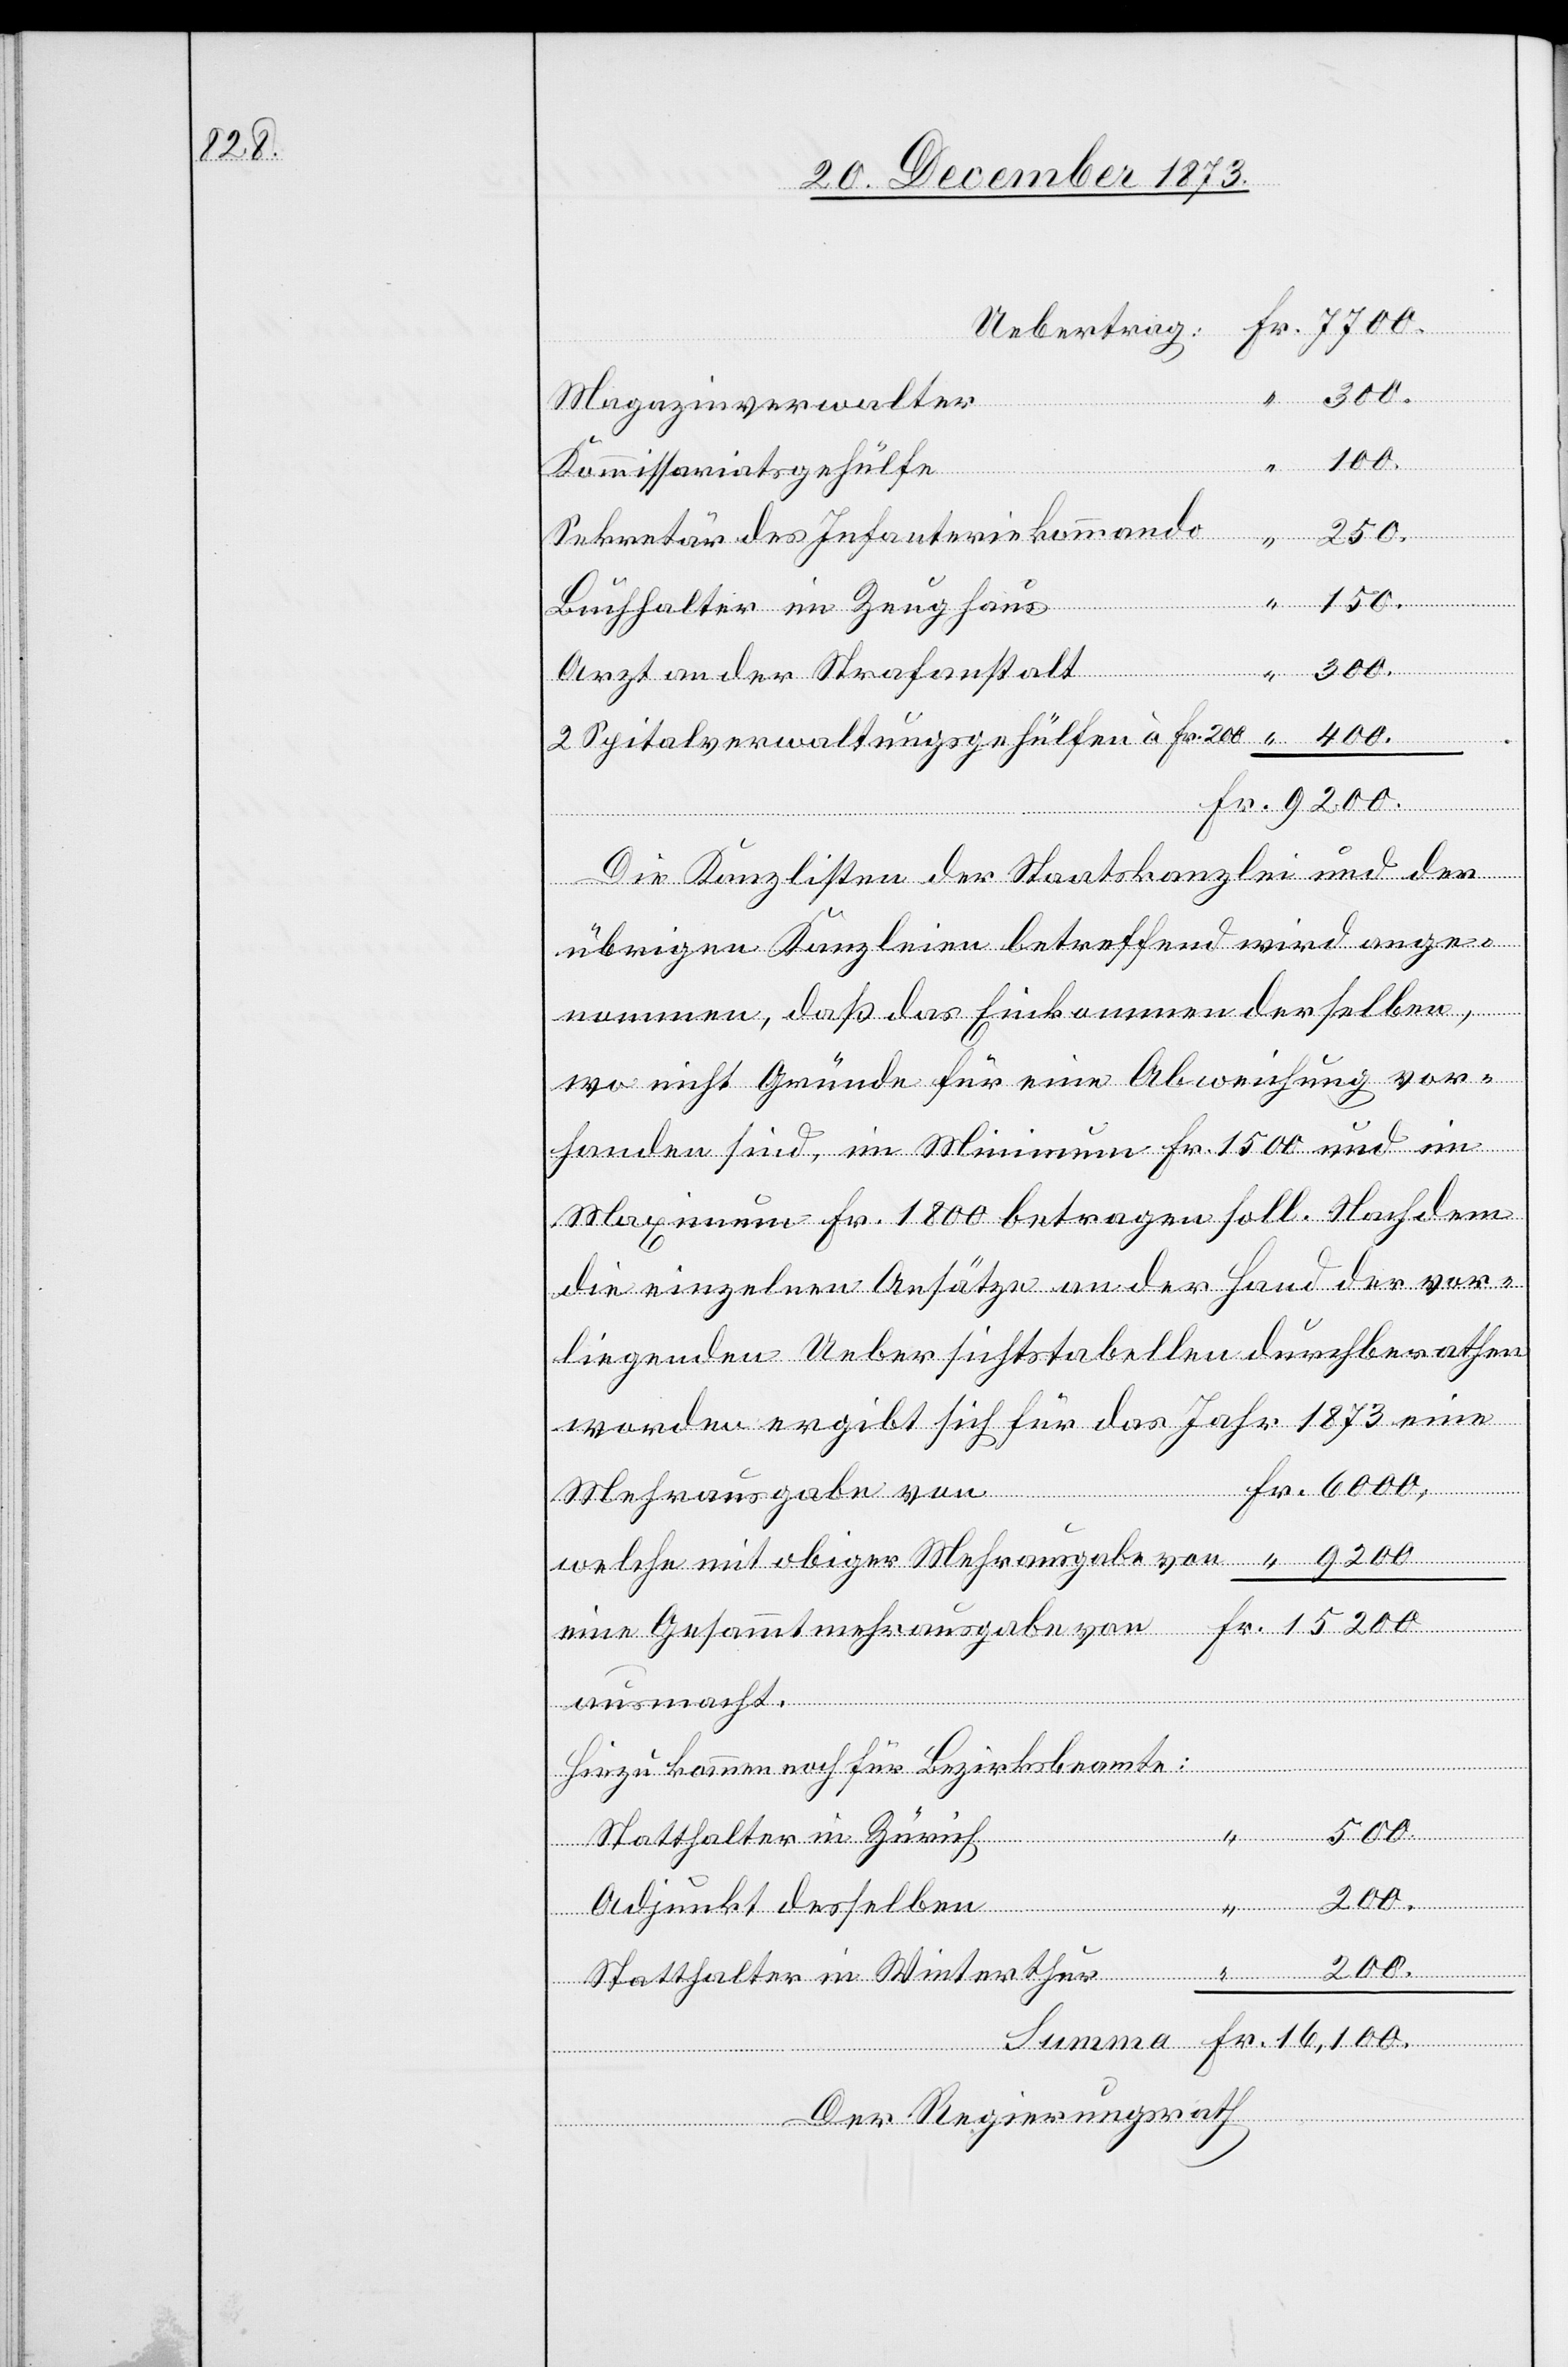
Uebertrag:
Magazinverwalter
200
Kommissariatsgehülfe
Sekretär des Infanteriekommando
welche
Buchhalter im Zeughaus
“
200.
Fr.
Arzt an der Strafanstalt
2 Spitalverwaltungsgehülfen à Fr. 200
Die Kanzlisten der Staatskanzlei und der
“
übrigen Kanzleien betreffend wird ange¬
nommen, daß das Einkommen derselben,
wo nicht Gründe für eine Abweichung vor¬
handen sind, im Minimum Fr. 1 500 und im
Maximum Fr. 1 800 betragen soll. Nachdem
die einzelnen Ansätze an der Hand der vor¬
liegenden Uebersichtstabellen durchberathen
Mehrausgabe von
mit obiger
eine Gesammtmehrausgabe von
das
ausmacht.
Hiezu kommen noch für Bezirksbeamte:
Statthalter in Zürich
Adjunkt desselben
Statthalter in Winterthur
Der Regierungsrath

eine